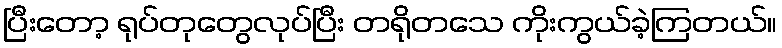
ပြီးတော့ ရုပ်တုတွေလုပ်ပြီး တရိုတသေ ကိုးကွယ်ခဲ့ကြတယ်။